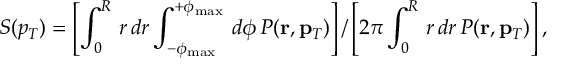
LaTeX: S ( p _ { T } ) = \left[ \int _ { 0 } ^ { R } \, r \, d r \int _ { - \phi _ { \mathrm { m a x } } } ^ { + \phi _ { \mathrm { m a x } } } \, d \phi \, P ( \mathbf { r } , \mathbf { p } _ { T } ) \right] / \left[ 2 \pi \int _ { 0 } ^ { R } \, r \, d r \, P ( \mathbf { r } , \mathbf { p } _ { T } ) \right] ,